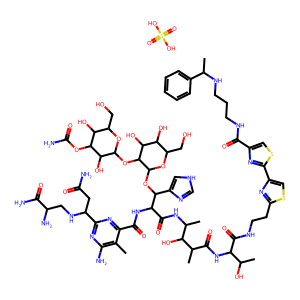
SMILES: Cc1c(N)nc(C(CC(N)=O)NCC(N)C(N)=O)nc1C(=O)NC(C(=O)NC(C)C(O)C(C)C(=O)NC(C(=O)NCCc1nc(-c2nc(C(=O)NCCCNC(C)c3ccccc3)cs2)cs1)C(C)O)C(OC1OC(CO)C(O)C(O)C1OC1OC(CO)C(O)C(OC(N)=O)C1O)c1c[nH]cn1.O=S(=O)(O)O
Inhibits HIV replication: No